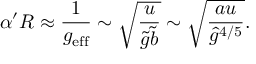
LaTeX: \alpha ^ { \prime } R \approx \frac { 1 } { g _ { \mathrm { e f f } } } \sim \sqrt { \frac { u } { \tilde { g } \tilde { b } } } \sim \sqrt { \frac { a u } { { \hat { g } } ^ { 4 / 5 } } } .